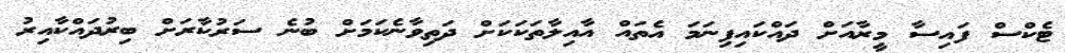
ޓެކްސް ފައިސާ މީރާއަށް ދައްކައިފިނަމަ އެތައް އާއިލާތަކަކަށް ދަތިވާނެކަމަށް ބުނެ ސަރުކާރަށް ބިރުދައްކާއިރު